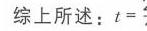
综上所述：\(t =\)